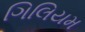
ગિલિયમ